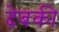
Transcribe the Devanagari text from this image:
देबकी